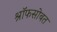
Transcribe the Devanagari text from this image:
श्रॉफसोबत